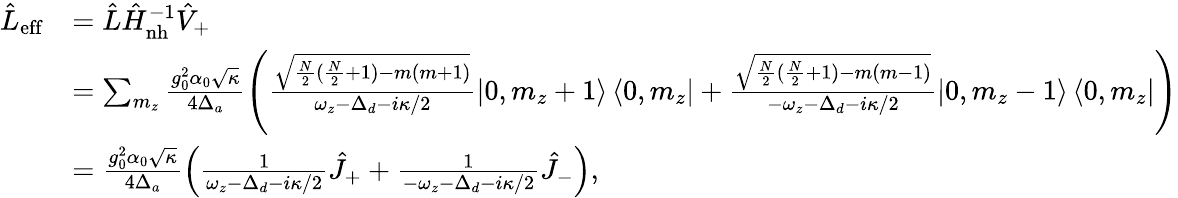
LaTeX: \begin{array}{rl}{\hat{L}_{\mathrm{eff}}}&{=\hat{L}\hat{H}_{\mathrm{nh}}^{-1}\hat{V}_{+}}\\ &{=\sum_{m_{z}}\frac{g_{0}^{2}\alpha_{0}\sqrt{\kappa}}{4\Delta_{a}}\left(\frac{\sqrt{\frac{N}{2}(\frac{N}{2}+1)-m(m+1)}}{\omega_{z}-\Delta_{d}-i\kappa/2}\left|0,m_{z}+1\right\rangle\left\langle 0,m_{z}\right|+\frac{\sqrt{\frac{N}{2}(\frac{N}{2}+1)-m(m-1)}}{-\omega_{z}-\Delta_{d}-i\kappa/2}\left|0,m_{z}-1\right\rangle\left\langle 0,m_{z}\right|\right)}\\ &{=\frac{g_{0}^{2}\alpha_{0}\sqrt{\kappa}}{4\Delta_{a}}\left(\frac{1}{\omega_{z}-\Delta_{d}-i\kappa/2}\hat{J}_{+}+\frac{1}{-\omega_{z}-\Delta_{d}-i\kappa/2}\hat{J}_{-}\right),}\end{array}